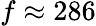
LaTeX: f\approx 286